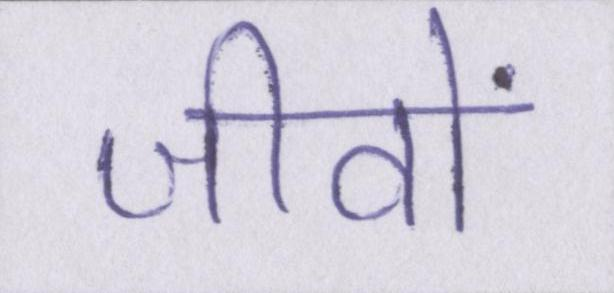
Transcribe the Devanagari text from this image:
जीवों